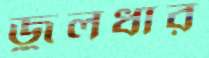
জুলধার